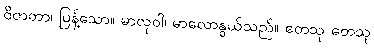
ဝိတတာ၊ ပြန့်သော။ မာလုဝါ၊ မာလောနွယ်သည်။ တေသု တေသု